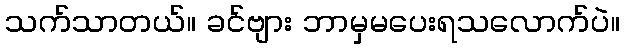
သက်သာတယ်။ ခင်ဗျား ဘာမှမပေးရသလောက်ပဲ။